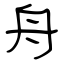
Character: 舟